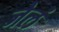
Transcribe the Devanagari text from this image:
जेलं